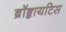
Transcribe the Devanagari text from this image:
ब्रॉङ्कायटिस